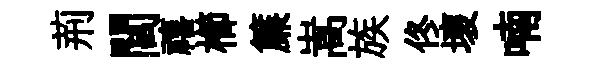
荊閭禧櫛簾嵩族佟壞喃